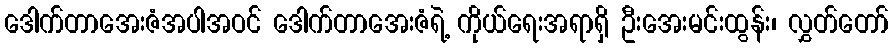
ဒေါက်တာအေးဇံအပါအဝင် ဒေါက်တာအေးဇံရဲ့ ကိုယ်ရေးအရာရှိ ဦးအေးမင်းထွန်း၊ လွှတ်တော်